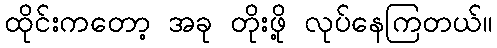
ထိုင်းကတော့ အခု တိုးဖို့ လုပ်နေကြတယ်။